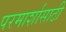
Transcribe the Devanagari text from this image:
परमार्शासाठी